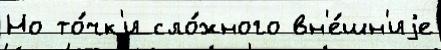
Но то́чк'и сло́жного вн'е́шн'иjе